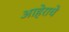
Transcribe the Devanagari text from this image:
आहेराचे